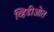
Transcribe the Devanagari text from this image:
व्हिडीओत